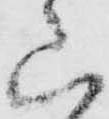
山